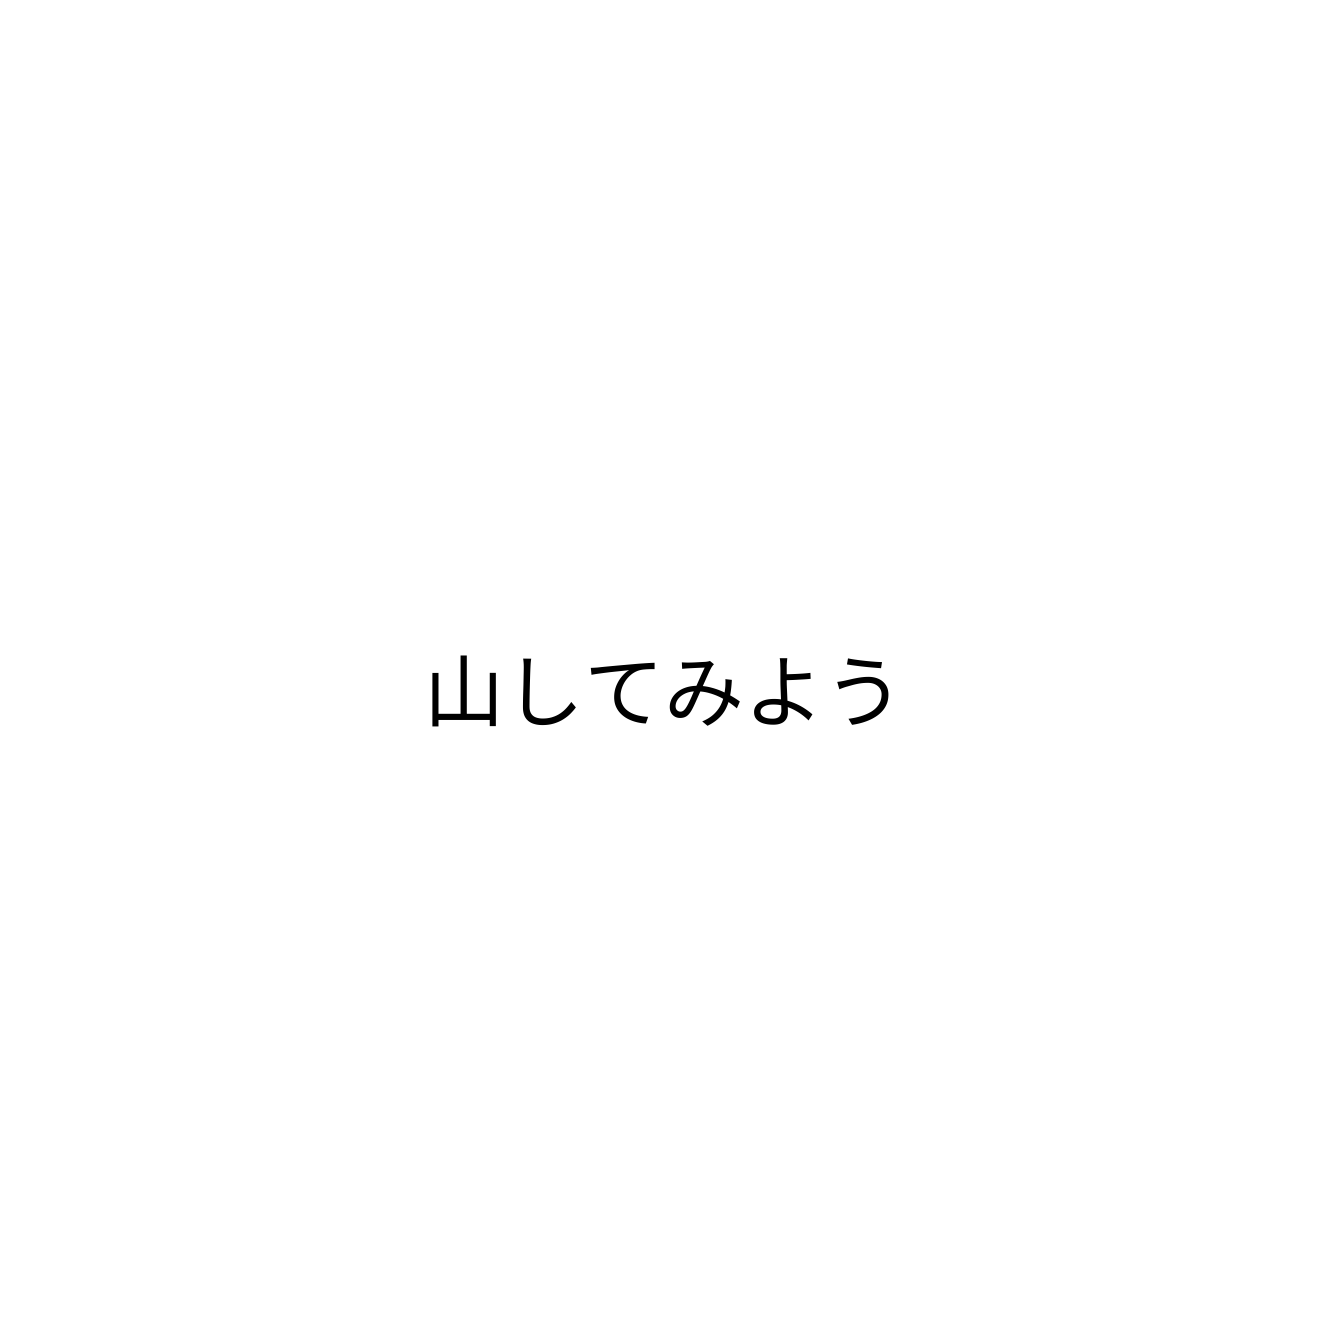
山してみよう